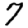
Digit: 7